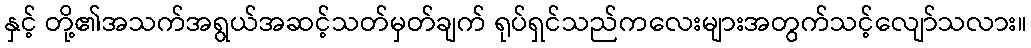
နှင့် တို့၏အသက်အရွယ်အဆင့်သတ်မှတ်ချက် ရုပ်ရှင်သည်ကလေးများအတွက်သင့်လျော်သလား။